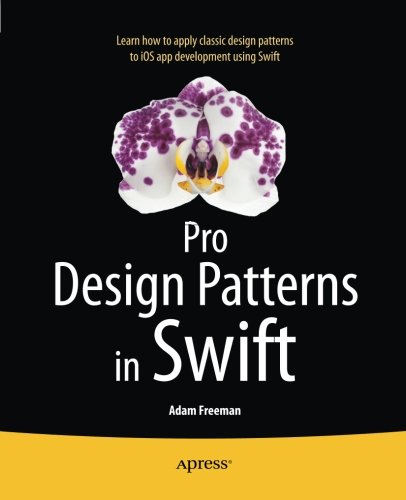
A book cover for Pro Design Patterns in Swift; Adam Freeman; Computers & Technology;